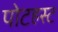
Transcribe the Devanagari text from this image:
पोटहस्ट